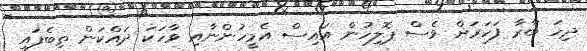
ދިހަ ބާރާ ފަހަރަށް ވެސް ޕޮލިހުން އައިސް އެމީހުންނާއި ވާހަކަ ދައްކަން ތިބެފައި